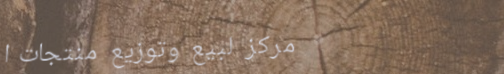
مركز لبيع وتوزيع منتجات ا